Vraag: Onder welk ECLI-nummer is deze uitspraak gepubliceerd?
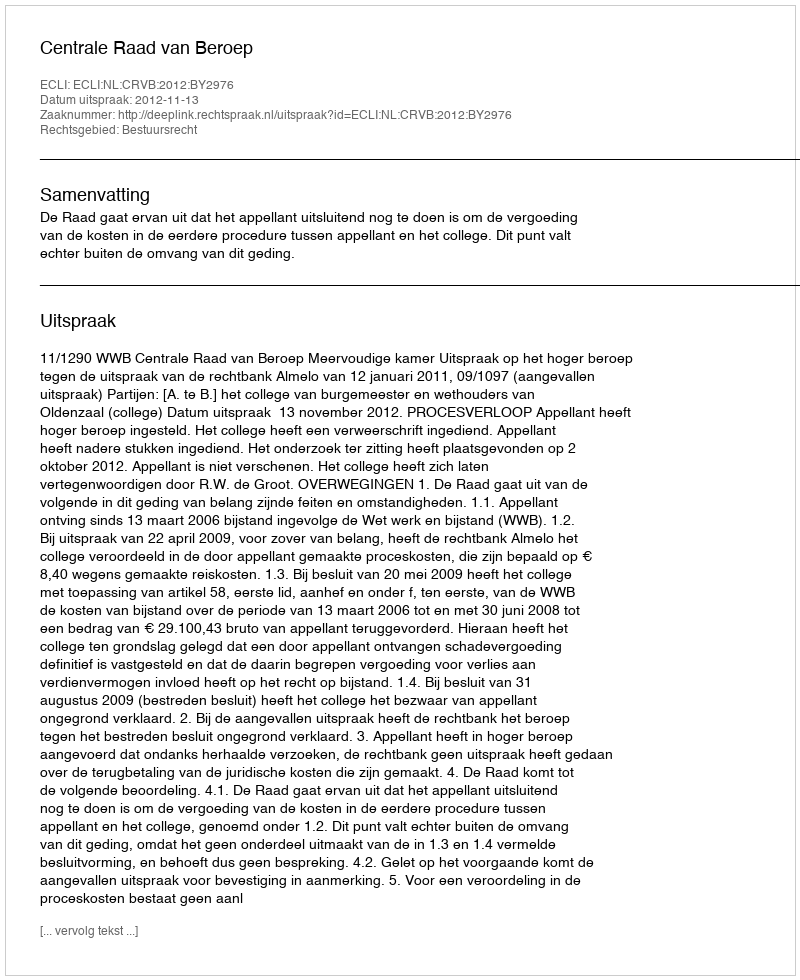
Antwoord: ECLI:NL:CRVB:2012:BY2976